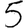
Digit: 5